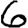
Digit: 6